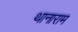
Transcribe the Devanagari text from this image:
थानाराम